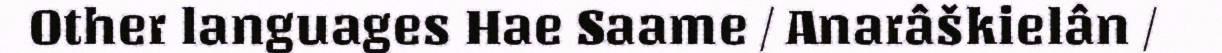
Other languages Hae Saame / Anarâškielân /